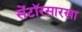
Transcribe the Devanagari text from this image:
सेंटॉरसारखा